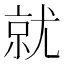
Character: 就